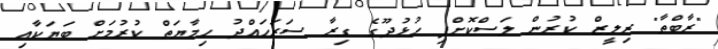
"ރާބްތާ" ރިލީޒް ކުރުން ލަސްކޮށްފި ހުޅުދޫގެ ގިރާ ސަރަހައްދު ހިމާޔަތް ކުރުމަށް ބަޔަކާއި